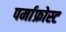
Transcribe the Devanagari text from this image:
पर्माफ्रोस्ट